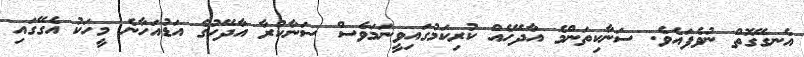
އެނގޭގޮތް ނުވެފައެވެ. ސަނާކިތަންމެ އާދޭހެއް ކުރިކަމުގައިވީނަމަވެސް ސަނާކުރާ އާދޭހުގެ އަޑުއަހާނެ މީހަކު އެގޭގައި